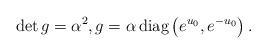
LaTeX: \begin{align*}\det g = \alpha^2, g= \alpha\, \hbox{diag} \left( e^{u_0}, e^{-u_0} \right).\end{align*}